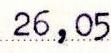
26,05